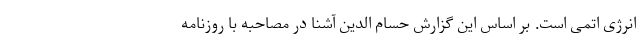
انرژی اتمی است. بر اساس این گزارش حسام الدین آشنا در مصاحبه با روزنامه